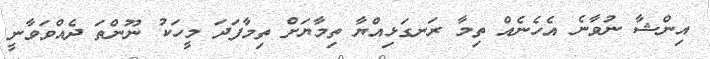
އިންޝާ ނުވާނެ އެހެނެއް ތިމާ ރަނގަޅިއްޔާ ތިމާޔަށް ތިމާފަދަ މީހަކު ނޫންތަ ދެއްވަވާނީ